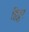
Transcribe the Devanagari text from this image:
हिट्टर